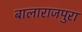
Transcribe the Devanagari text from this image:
बालाराजपुरा